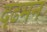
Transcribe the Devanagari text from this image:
दृढमन